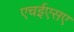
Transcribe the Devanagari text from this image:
एचईएसए